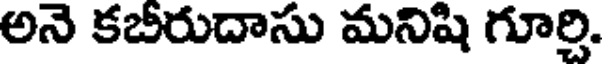
అనె కబీరుదాసు మనిషి గూర్తి.